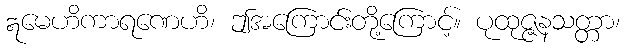
ဣမေဟိကာရဏေဟိ၊ ဤအကြောင်းတို့ကြောင့်။ ပုထုဇ္ဇနသတ္တာ၊